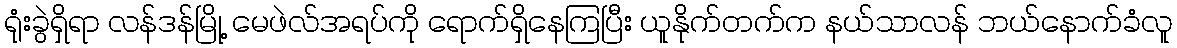
ရုံးခွဲရှိရာ လန်ဒန်မြို့ မေဖဲလ်အရပ်ကို ရောက်ရှိနေကြပြီး ယူနိုက်တက်က နယ်သာလန် ဘယ်နောက်ခံလူ